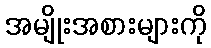
အမျိုးအစားများကို